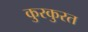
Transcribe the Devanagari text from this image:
कुरकुरत